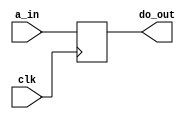
`timescale 1ns / 1ps

module IFID(input clk, input wire [31:0]a_in, output reg[31:0]do_out); // use wire to carry IM output over...?
always @ (posedge clk)
begin
 do_out<=a_in;
end
endmodule